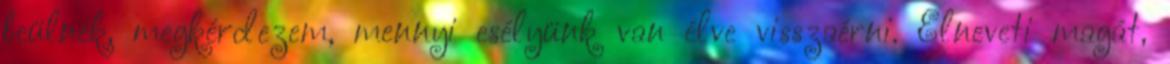
beülnék, megkérdezem, mennyi esélyünk van élve visszaérni. Elneveti magát,